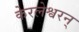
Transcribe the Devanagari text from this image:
केरलेश्वरन्